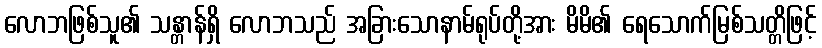
လောဘဖြစ်သူ၏ သန္တာန်ရှိ လောဘသည် အခြားသောနာမ်ရုပ်တို့အား မိမိ၏ ရေသောက်မြစ်သတ္တိဖြင့်